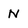
Character: N